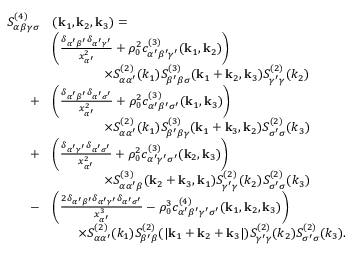
\begin{array} { r l } { S _ { \alpha \beta \gamma \sigma } ^ { ( 4 ) } } & { ( \mathbf { k } _ { 1 } , \mathbf { k } _ { 2 } , \mathbf { k } _ { 3 } ) = } \\ & { \left( \frac { \delta _ { \alpha ^ { \prime } \beta ^ { \prime } } \delta _ { \alpha ^ { \prime } \gamma ^ { \prime } } } { x _ { \alpha ^ { \prime } } ^ { 2 } } + \rho _ { 0 } ^ { 2 } c _ { \alpha ^ { \prime } \beta ^ { \prime } \gamma ^ { \prime } } ^ { ( 3 ) } ( \mathbf { k } _ { 1 } , \mathbf { k } _ { 2 } ) \right) } \\ & { \qquad \qquad \times S _ { \alpha \alpha ^ { \prime } } ^ { ( 2 ) } ( k _ { 1 } ) S _ { \beta ^ { \prime } \beta \sigma } ^ { ( 3 ) } ( \mathbf { k } _ { 1 } + \mathbf { k } _ { 2 } , \mathbf { k } _ { 3 } ) S _ { \gamma ^ { \prime } \gamma } ^ { ( 2 ) } ( k _ { 2 } ) } \\ { + } & { \left( \frac { \delta _ { \alpha ^ { \prime } \beta ^ { \prime } } \delta _ { \alpha ^ { \prime } \sigma ^ { \prime } } } { x _ { \alpha ^ { \prime } } ^ { 2 } } + \rho _ { 0 } ^ { 2 } c _ { \alpha ^ { \prime } \beta ^ { \prime } \sigma ^ { \prime } } ^ { ( 3 ) } ( \mathbf { k } _ { 1 } , \mathbf { k } _ { 3 } ) \right) } \\ & { \qquad \qquad \times S _ { \alpha \alpha ^ { \prime } } ^ { ( 2 ) } ( k _ { 1 } ) S _ { \beta ^ { \prime } \beta \gamma } ^ { ( 3 ) } ( \mathbf { k } _ { 1 } + \mathbf { k } _ { 3 } , \mathbf { k } _ { 2 } ) S _ { \sigma ^ { \prime } \sigma } ^ { ( 2 ) } ( k _ { 3 } ) } \\ { + } & { \left( \frac { \delta _ { \alpha ^ { \prime } \gamma ^ { \prime } } \delta _ { \alpha ^ { \prime } \sigma ^ { \prime } } } { x _ { \alpha ^ { \prime } } ^ { 2 } } + \rho _ { 0 } ^ { 2 } { c } _ { \alpha ^ { \prime } \gamma ^ { \prime } \sigma ^ { \prime } } ^ { ( 3 ) } ( \mathbf { k } _ { 2 } , \mathbf { k } _ { 3 } ) \right) } \\ & { \qquad \qquad \times S _ { \alpha \alpha ^ { \prime } \beta } ^ { ( 3 ) } ( \mathbf { k } _ { 2 } + \mathbf { k } _ { 3 } , \mathbf { k } _ { 1 } ) S _ { \gamma ^ { \prime } \gamma } ^ { ( 2 ) } ( k _ { 2 } ) S _ { \sigma ^ { \prime } \sigma } ^ { ( 2 ) } ( k _ { 3 } ) } \\ { - } & { \left( \frac { 2 \delta _ { \alpha ^ { \prime } \beta ^ { \prime } } \delta _ { \alpha ^ { \prime } \gamma ^ { \prime } } \delta _ { \alpha ^ { \prime } \sigma ^ { \prime } } } { x _ { \alpha ^ { \prime } } ^ { 3 } } - \rho _ { 0 } ^ { 3 } { c } _ { \alpha ^ { \prime } \beta ^ { \prime } \gamma ^ { \prime } \sigma ^ { \prime } } ^ { ( 4 ) } ( \mathbf { k } _ { 1 } , \mathbf { k } _ { 2 } , \mathbf { k } _ { 3 } ) \right) } \\ & { \qquad \times S _ { \alpha \alpha ^ { \prime } } ^ { ( 2 ) } ( k _ { 1 } ) S _ { \beta ^ { \prime } \beta } ^ { ( 2 ) } ( | \mathbf { k } _ { 1 } + \mathbf { k } _ { 2 } + \mathbf { k } _ { 3 } | ) S _ { \gamma ^ { \prime } \gamma } ^ { ( 2 ) } ( k _ { 2 } ) S _ { \sigma ^ { \prime } \sigma } ^ { ( 2 ) } ( k _ { 3 } ) . } \end{array}